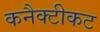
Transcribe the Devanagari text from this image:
कनैक्टीकट